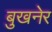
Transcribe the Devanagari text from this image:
बुखनेर